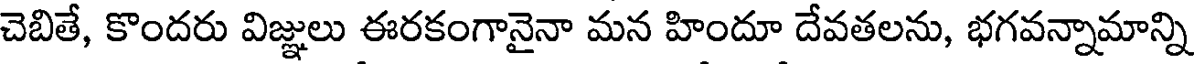
చెబితే, కొందరు విజ్ఞులు ఈరకంగానైనా మన హిందూ దేవతలను, భగవన్నామాన్ని